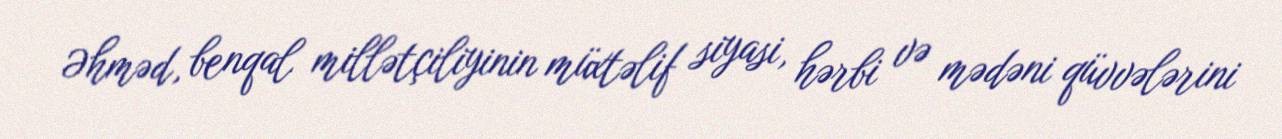
Əhməd, benqal millətçiliyinin müxtəlif siyasi, hərbi və mədəni qüvvələrini